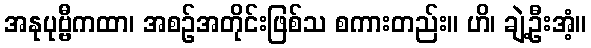
အနုပုဗ္ဗီကထာ၊ အစဉ်အတိုင်းဖြစ်သ စကားတည်း။ ဟိ၊ ချဲ့ဦးအံ့။